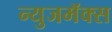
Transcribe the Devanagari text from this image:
न्युजमॅक्स